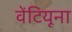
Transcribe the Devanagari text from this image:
वेंटियूना